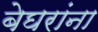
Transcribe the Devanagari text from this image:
बेघरांना